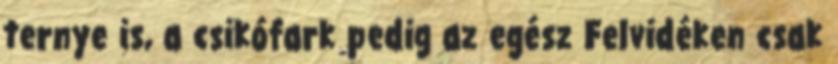
ternye is, a csikófark pedig az egész Felvidéken csak